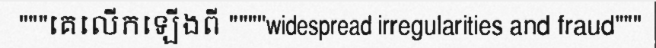
"""គេលើកឡើងពី """"widespread irregularities and fraud"""